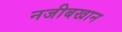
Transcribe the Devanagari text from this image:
नजीबखान